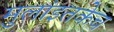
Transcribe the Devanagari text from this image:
मुलांइतकेच